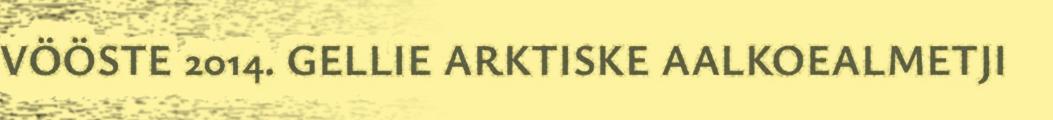
VÖÖSTE 2014. GELLIE ARKTISKE AALKOEALMETJI